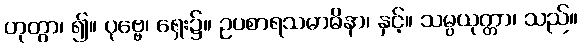
ဟုတွာ၊ ၍။ ပုဗ္ဗေ၊ ရှေး၌။ ဥပစာရသမာဓိနာ၊ နှင့်။ သမ္ပယုတ္တာ၊ သည်။